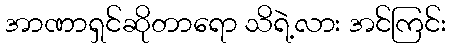
အာဏာရှင်ဆိုတာရော သိရဲ့လား အင်ကြင်း